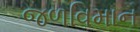
જળવિમાન